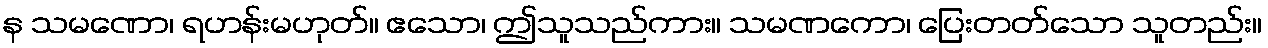
န သမဏော၊ ရဟန်းမဟုတ်။ ဧသော၊ ဤသူသည်ကား။ သမဏကော၊ ပြေးတတ်သော သူတည်း။